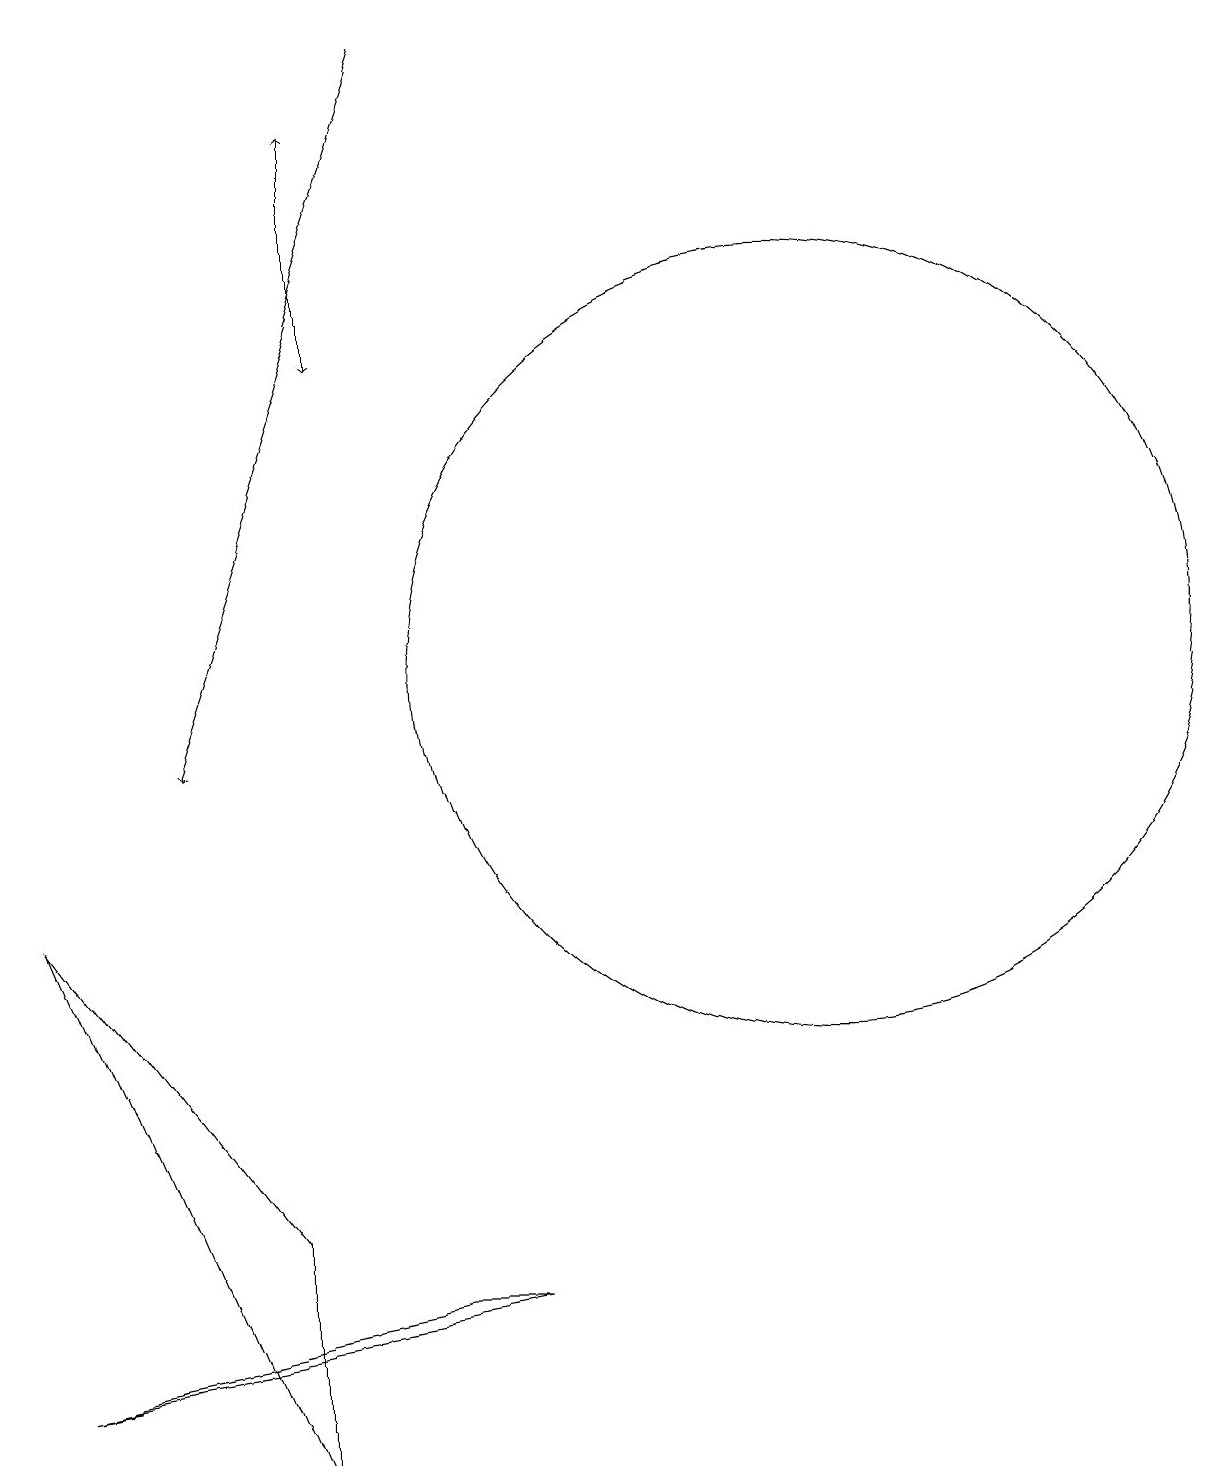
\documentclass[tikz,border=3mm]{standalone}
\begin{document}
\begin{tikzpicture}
\draw (5,1) -- (5,4) -- (2,8) -- cycle;
\draw[->] (6,18) -- (6,15);
\draw (12,11) circle (5);
\draw[->] (7,19) -- (4,10);
\draw[->] (6,17) -- (6,18);
\draw (7,3) -- (2,2) -- (8,3) -- cycle;
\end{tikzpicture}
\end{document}